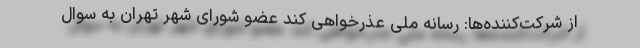
از شرکت‌کننده‌ها: رسانه ملی عذرخواهی کند عضو شورای شهر تهران به سوال